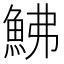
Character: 鮄